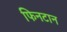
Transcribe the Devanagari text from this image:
फिनटान